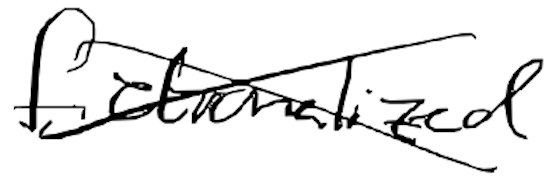
Text: fictionalized
Cross-out: cross
Writing tool: digital_black